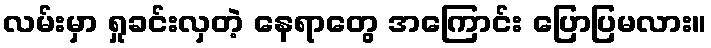
လမ်းမှာ ရှုခင်းလှတဲ့ နေရာတွေ အကြောင်း ပြောပြမလား။